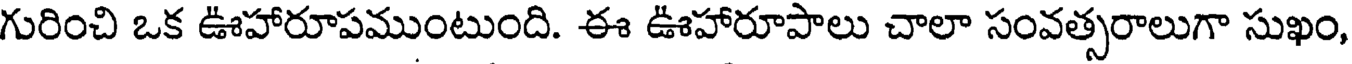
గురించి ఒక ఊహారూపముంటుంది. ఈ ఊహారూపాలు చాలా సంవత్సరాలుగా సుఖం,